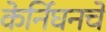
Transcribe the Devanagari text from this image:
केर्निघनचे